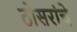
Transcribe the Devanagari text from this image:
ठोसरांचे